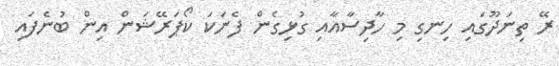
ރޭ ތިނަދޫގައި ހިނގި މި ހާދިސާއާއި ގުޅިގެން ފެނަކަ ކޯޕަރޭޝަން އިން ބުނެފައި